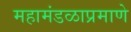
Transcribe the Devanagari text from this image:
महामंडळाप्रमाणे